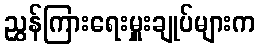
ညွှန်ကြားရေးမှူးချုပ်များက